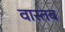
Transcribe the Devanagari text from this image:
वास्तब